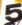
5